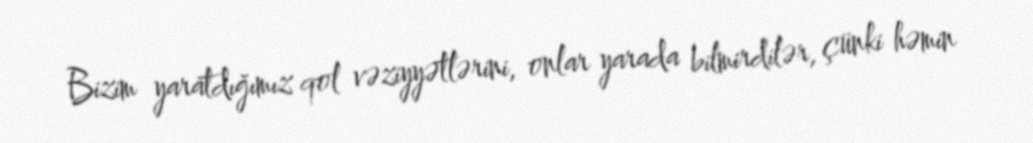
Bizim yaratdığımız qol vəziyyətlərini, onlar yarada bilmirdilər, çünki həmin